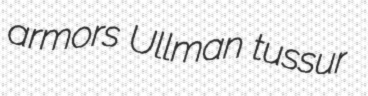
armors Ullman tussur